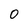
Character: 0